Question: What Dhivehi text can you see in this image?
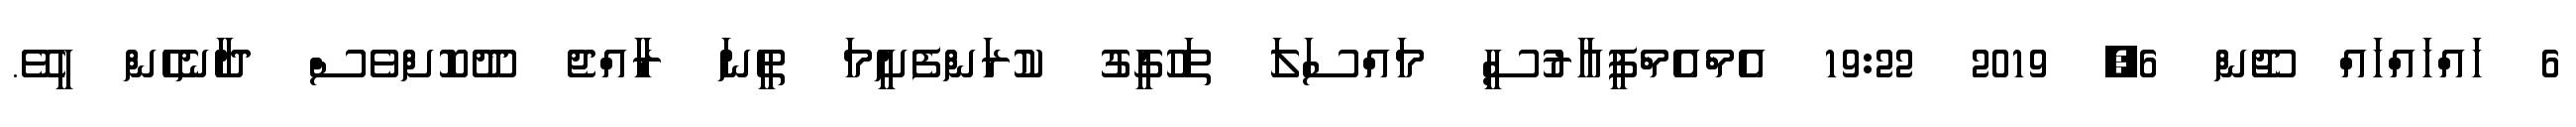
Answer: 6 ހައްހައްހައް ޖޫން 6, 2019 19:22 އެމްއެމްޕީއާރުސީ މައްސަލަ ތަހުގީގު ކުރަންފެށީމަ ތީނަ ރާއްޖެ ދޫކޮށްވެސް ދާނެހެން ހީވޭ.